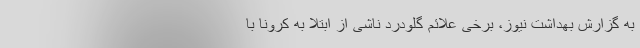
به گزارش بهداشت نیوز، برخی علائم گلودرد ناشی از ابتلا به کرونا با